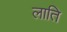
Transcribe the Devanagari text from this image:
लाति